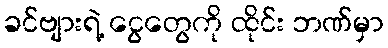
ခင်ဗျားရဲ့ ငွေတွေကို ထိုင်း ဘဏ်မှာ